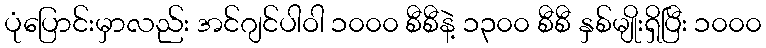
ပုံပြောင်းမှာလည်း အင်ဂျင်ပါဝါ ၁၀၀၀ စီစီနဲ့ ၁၃၀၀ စီစီ နှစ်မျိုးရှိပြီး ၁၀၀၀